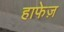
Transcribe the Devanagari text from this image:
हाफेज़